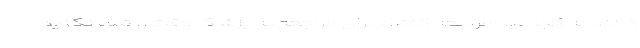
‌دانند به کجا باید مراجعه کنند/ برای مراجعه به پزشک وقت را تلف نکنید